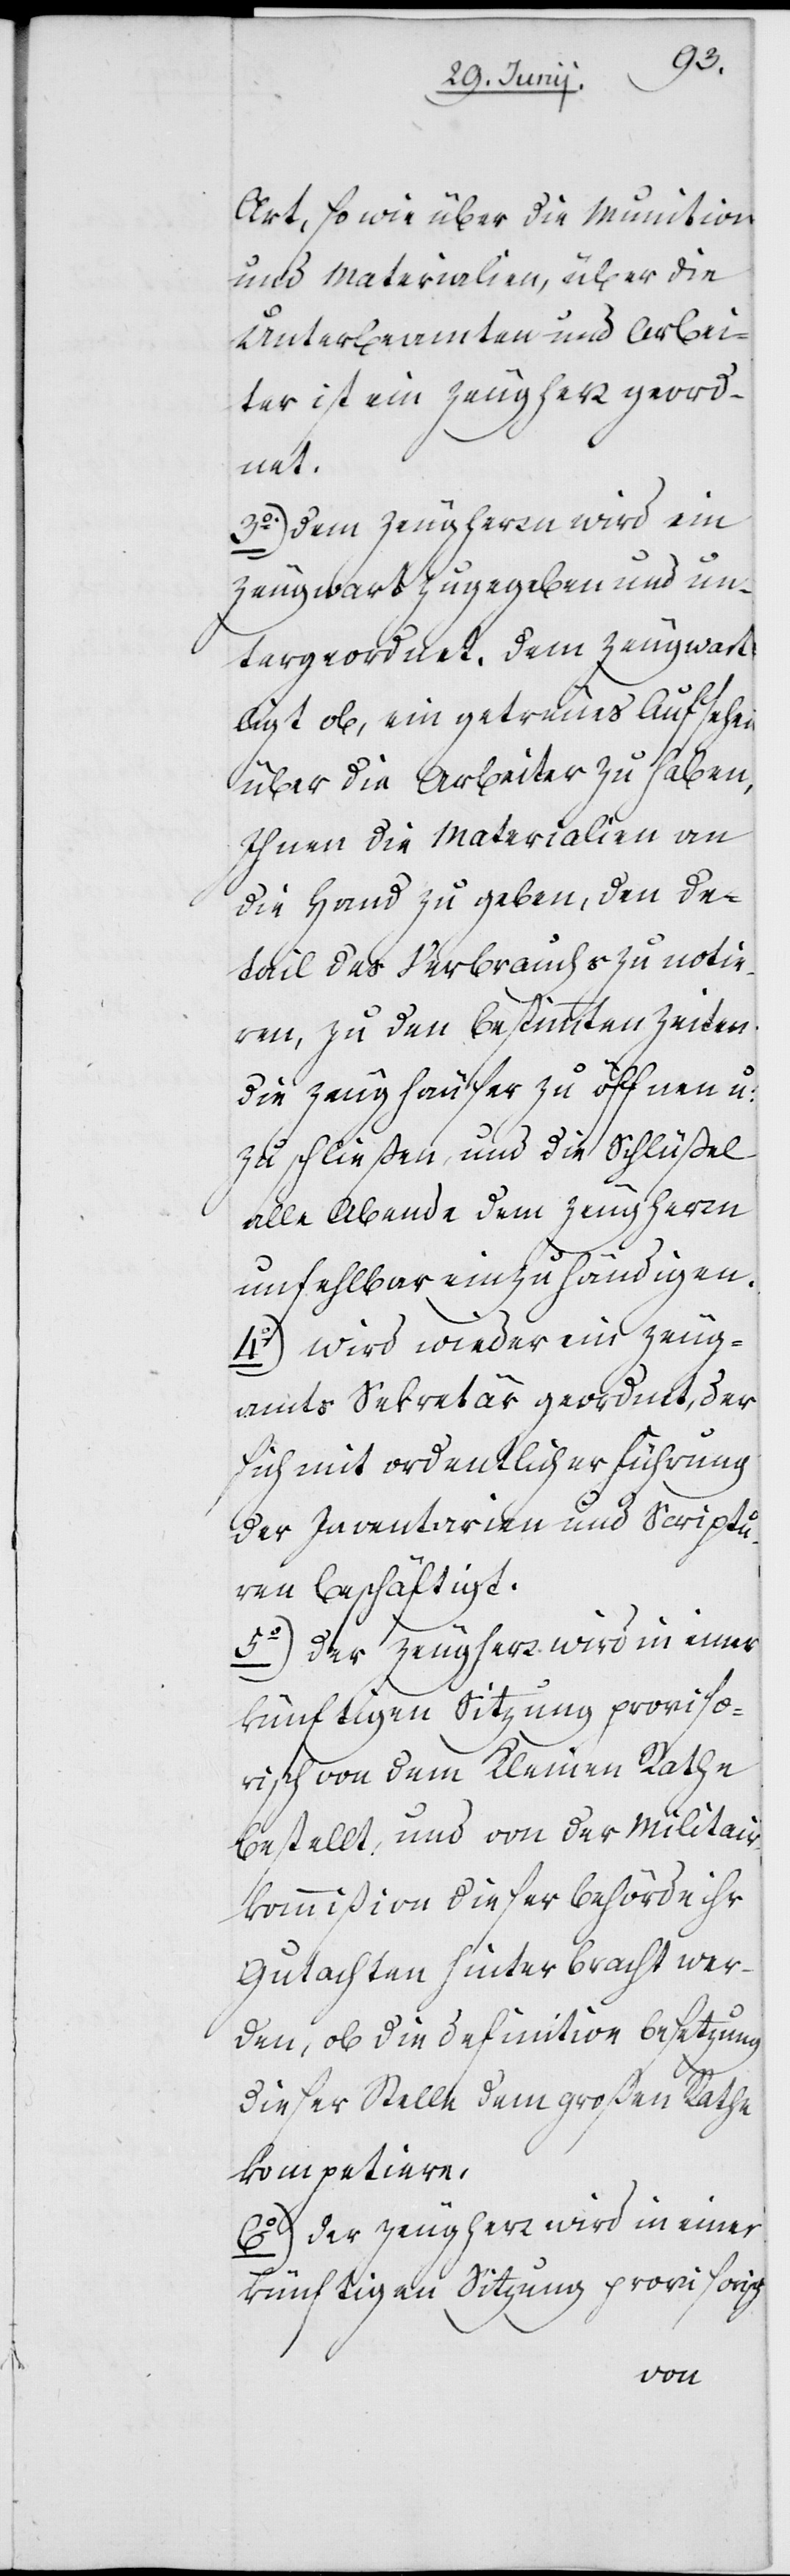
Art, sowie über die Munition
und Materialien, über die
Unterbeamten und Arbei¬
ter ist ein Zeugherr geord¬
net.
3o.) Dem Zeugherrn wird ein
Zeugwart zugegeben und un¬
tergeordnet. Dem Zeugwart
liegt ob, ein getreues Aufsehen
über die Arbeiter zu haben,
Ihnen die Materialien an
die Hand zu geben, den De¬
tail des Verbrauchs zu noti¬
ren, zu den bestimmten Zeiten
die Zeughäuser zu öffnen u:
zu schließen, und die Schlüßel
alle Abende dem Zeugherrn
unfehlbar einzuhändigen.
4o) Wird wieder ein Zeug¬
amts Sekretär geordnet, der
sich mit ordentlicher Führung
der Inventarien und Scriptu¬
ren beschäftigt.
5o) Der Zeugherr wird in einer
künftigen Sizung proviso¬
risch von dem Kleinen Rathe
bestellt, und von der Militair¬
kommißion dieser Behörde ihr
Gutachten hinterbracht wer¬
den, ob die definitive Besetzung
dieser Stelle dem großen Rathe
kompetiere.
6o) Der Zeugherr wird in einer
künftigen Sizung provisorisch